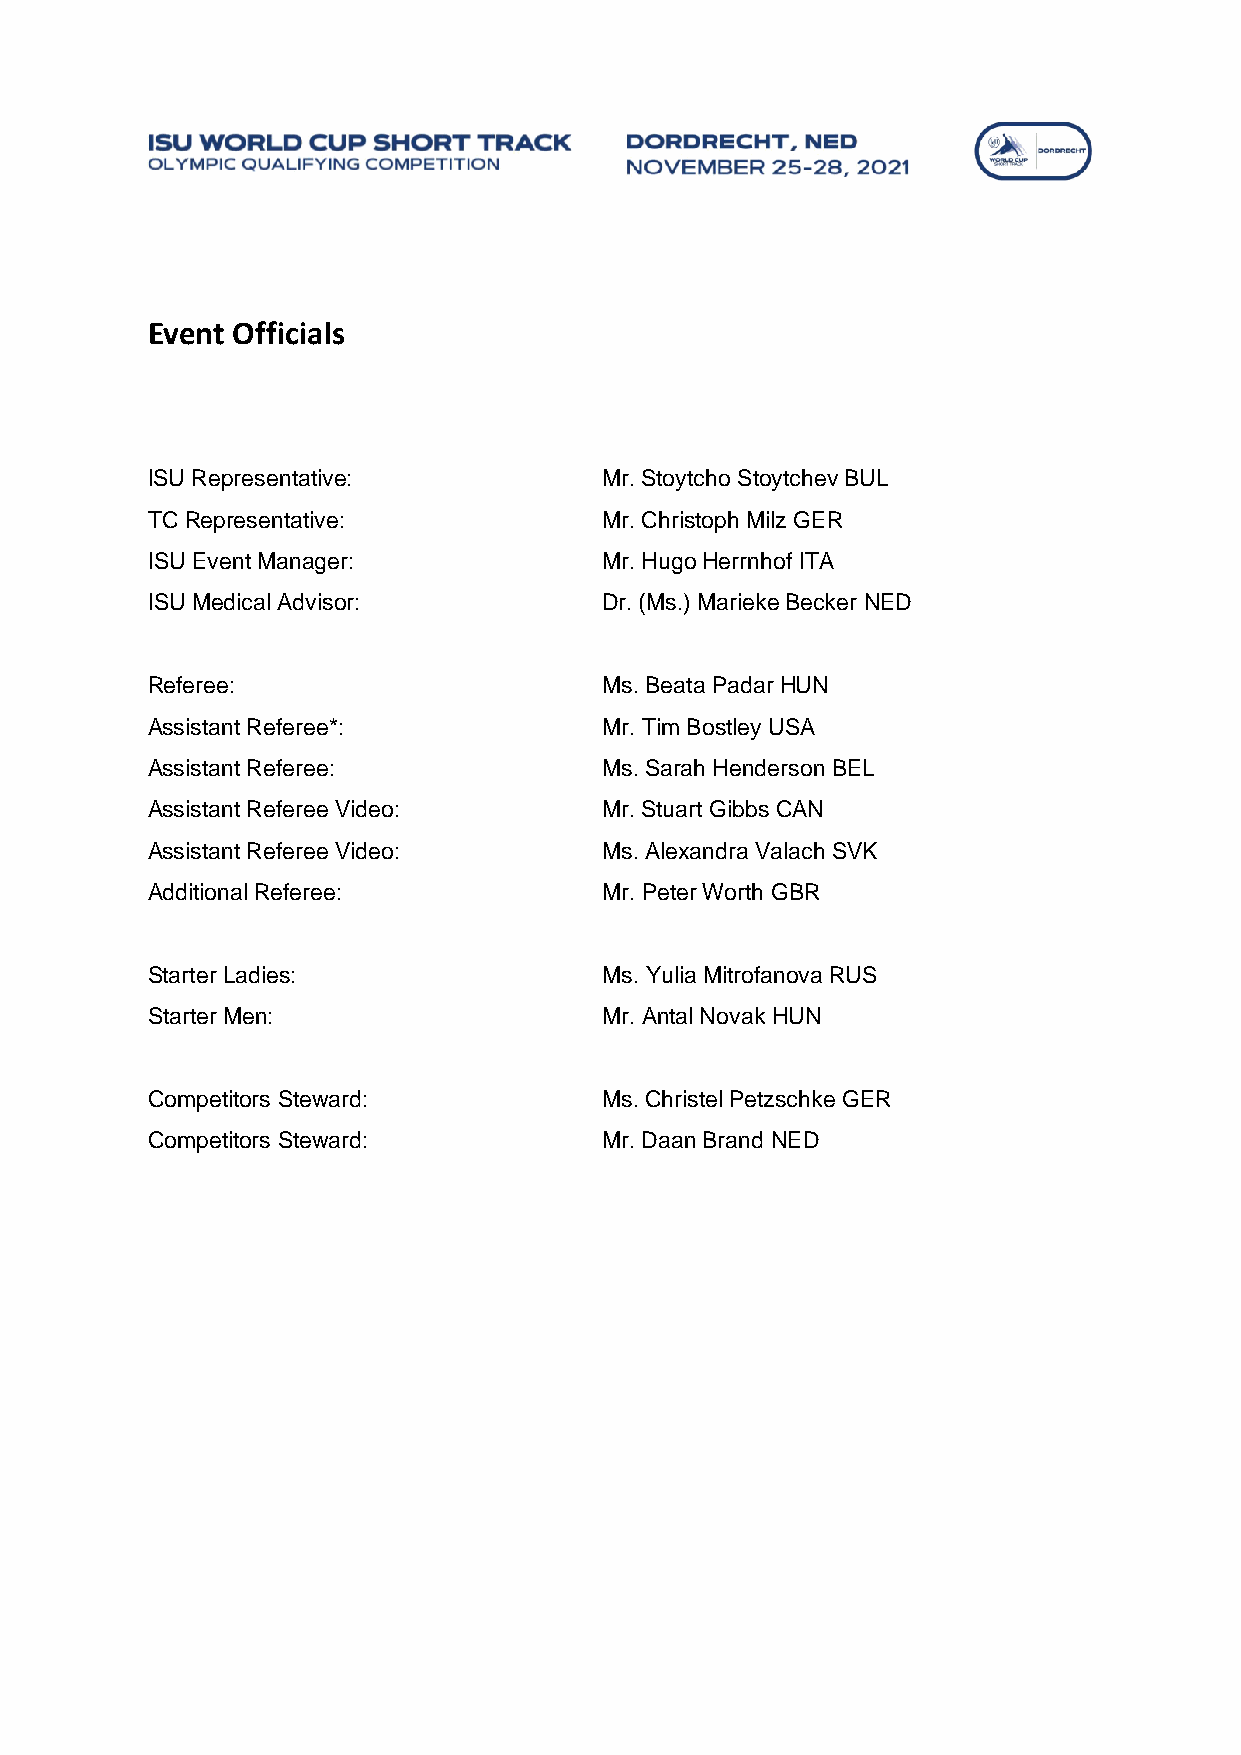
Event Officials
 ISU Representative:           Mr. Stoytcho Stoytchev BUL
 TC Representative:            Mr. Christoph Milz GER
 ISU Event Manager:            Mr. Hugo Herrnhof ITA
 ISU Medical Advisor:          Dr. (Ms.) Marieke Becker NED
 Referee:                      Ms. Beata Padar HUN
 Assistant Referee*:           Mr. Tim Bostley USA
 Assistant Referee:            Ms. Sarah Henderson BEL
 Assistant Referee Video:      Mr. Stuart Gibbs CAN
 Assistant Referee Video:      Ms. Alexandra Valach SVK
 Additional Referee:           Mr. Peter Worth GBR
 Starter Ladies:               Ms. Yulia Mitrofanova RUS
 Starter Men:                  Mr. Antal Novak HUN
 Competitors Steward:          Ms. Christel Petzschke GER
 Competitors Steward:          Mr. Daan Brand NED